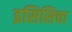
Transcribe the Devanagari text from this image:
इसिसिचा